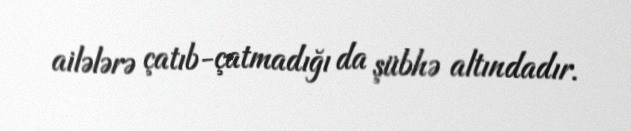
ailələrə çatıb-çatmadığı da şübhə altındadır.